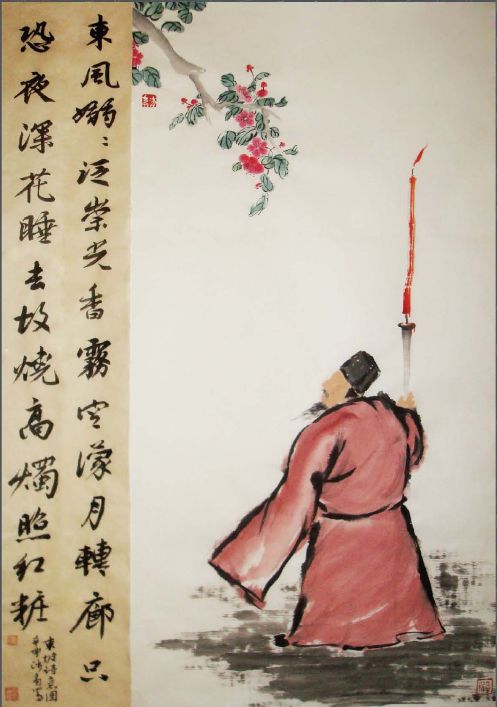
昼短苦夜长，何不秉烛游！